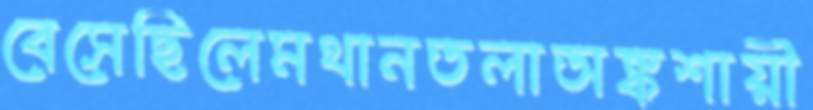
বেসেছিলেমথানতলাঅঙ্কশায়ী